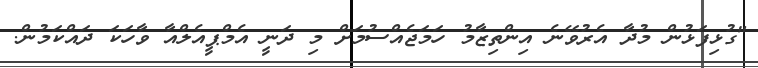
"ގުޅިފަޅުން މުދާ އެރުވޭނެ އިންތިޒާމު ހަމަޖެއްސުމަށް މި ދަނީ އެމްޕީއެލްއާ ވާހަކަ ދައްކަމުން.